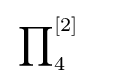
\sideset {}{_{4}^{\left[2\right]}\quad }\prod